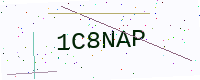
Text: 1C8NAP